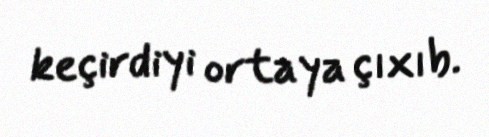
keçirdiyi ortaya çıxıb.